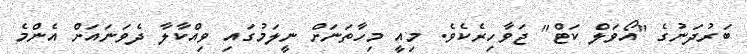
ބަރުދަނުގެ "އޯވަލް ކަޓް" ޖަވާހިރެކެވެ. މިއީ މިހާތަނަށް ނީލަމުގައި ވިއްކާލާ ދެވަނައަށް އެންމެ